Report of the Hyderabad Chloroform Commission
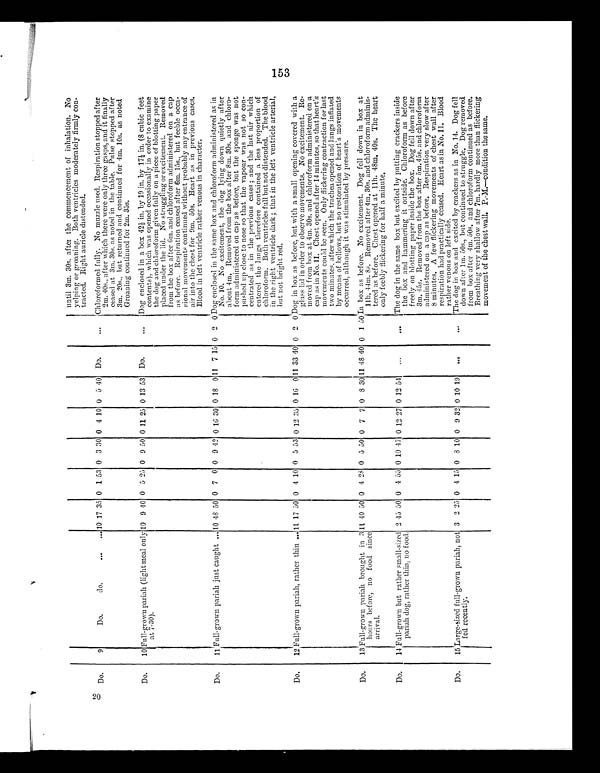
until 3m. 30s. after the commencement of inhalation. No
yelping or groaning. Both ventricles moderately firmly con-
tracted. Right auricle distended.
20 Do.
9
Do.
do.
...
...
10
17 35 0 1 53 0 3 30 0 4 10 0 5 40 Do.
...
Chloroformed fully. No muzzle used. Respiration stopped after
2m. 40s., after which there were only three gasps, and it finally
ceased at 3m. 30s. as noted in the table. Pulse stopped after
3m. 20s., but returned and continued for 4m. 10s. as noted
Groaning continued for 2m. 35s.
Do.
10 Full-grown pariah (light meal only
at 7-30).
10 9 40 0 5 25 0 9 50 0 11 25 0 13 53 Do.
...
Dog enclosed in a box 42 1/2 in. by 19 in. by 17 1/4 in. (8 cubic feet
contents), which was opened occasionally in order to examine
the dog and chloroform given fully on a piece of blotting paper
placed under the lid. No struggling or excitement. Removed
from the box after 6m. and chloroform administered on a cap
as before. Respiration ceased after 6m. 15s., but feeble occa-
sional movements continued without probably any entrance of
air into the chest for 9m. 50s. Heart as in previous cases.
Blood in left ventricle rather venous in character.
Do.
11 Full-grown pariah just caught ... 10 48 50 0 7 0 0 9 42 0 16 30 0 18
0
11 7 15 0 2 0 Dog enclosed in the same box and chloroform administered as in
No. 10. No excitement, the dog lying down quietly after
about 4m. Removed from the box after 8m. 30s. and chloro-
form administered on cap as before, but the sponge was not
pushed up close to nose so that the vapour was not so con-
centrated as in the previous cases ; and the last air which
entered the lungs therefore contained a less proportion of
chloroform. Both ventricles full but not distended. The blood
in the right ventricle dark ; that in the left ventricle arterial,
but not bright red.
Do.
12 Full-grown pariah, rather thin ... 11 17 50 0 4 10 0 5 53 0 12 35 0 16
0
11 33 40 0 2 0 Dog in box as before, but with a small opening covered with a
glass lid in order to observe movements. No excitement. Re-
moved from box at 4m. 30s. and chloroform administered on a
cap as in No. 11. Chest opened after 14 minutes, so that heart's
movements could be seen. Only flickering contraction for last
two minutes, after which the trachea opened and lungs inflated
by means of bellows, lint no restoration of heart's movements
occurred, although it was stimulated by pressure.
Do.
13 Full-grown pariah brought in 3
hours before, no food since
arrival.
11
40 50 0 4 28 0 5 50 0 7 7 0 8 30 11 48 40 0 1 50 In box as before. No excitement. Dog fell down in box at
11h. 44m. 8s. Removed after 4m. 30s. and chloroform adminis-
tered as before. Chest opened at 11h. 48m. 40s. T he heart
only feebly flickering for half a minute.
Do.
14 Full-grown but rather small-sized
pariah dog, rather thin, no food.
2 45 50 0 4 55 0 10 47 0 12 27 0 12 54
...
...
The dog in the same box but excited by putting crackers inside
the box and hammering it outside. Chloroform as before
freely on blotting paper inside the box. Dog fell down after
3m. 45s. Removed from the box after 5m.45s. and chloroform
administered on a cap as before. Respiration very slow after
8 minutes. A few flickering movements of chest wall after
respiration had practically ceased. Heart as in No. 11. Blood
rather venous on left side.
Do.
15 Large-sized full-grown pariah, not
fed recently.
3 2 25 0 4 15 0 8 10 0 9 32 0 10 19
...
...
The dog in box and excited by crackers as in No. 14. Dog fell
down after 1m. 50s., but continued to struggle. Dog removed
from box after 4m. 50s. and chloroform continued as before.
Breathing very shallow after 7m. hardly more than flickering
movement of the chest wall. P.-M.–condition the same.